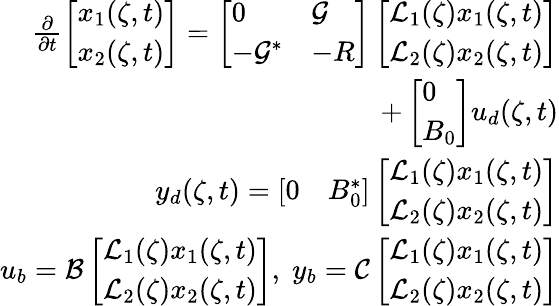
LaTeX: \begin{array}{r}{\frac{\partial}{\partial t}\left[\begin{array}{l}{x_{1}(\zeta,t)}\\ {x_{2}(\zeta,t)}\end{array}\right]=\left[\begin{array}{ll}{0}&{{\mathcal G}}\\ {-{\mathcal G}^{*}}&{-R}\end{array}\right]\left[\begin{array}{l}{\mathcal{L}_{1}(\zeta)x_{1}(\zeta,t)}\\ {\mathcal{L}_{2}(\zeta)x_{2}(\zeta,t)}\end{array}\right]}\\ {+\left[\begin{array}{l}{0}\\ {B_{0}}\end{array}\right]u_{d}(\zeta,t)}\\ {y_{d}(\zeta,t)=\left[\begin{array}{ll}{0}&{B_{0}^{*}}\end{array}\right]\left[\begin{array}{l}{\mathcal{L}_{1}(\zeta)x_{1}(\zeta,t)}\\ {\mathcal{L}_{2}(\zeta)x_{2}(\zeta,t)}\end{array}\right]}\\ {u_{b}={\mathcal B}\left[\begin{array}{l}{\mathcal{L}_{1}(\zeta)x_{1}(\zeta,t)}\\ {\mathcal{L}_{2}(\zeta)x_{2}(\zeta,t)}\end{array}\right],\; y_{b}={\mathcal C}\left[\begin{array}{l}{\mathcal{L}_{1}(\zeta)x_{1}(\zeta,t)}\\ {\mathcal{L}_{2}(\zeta)x_{2}(\zeta,t)}\end{array}\right]}\end{array}